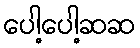
ပေါ့ပေါ့ဆဆ